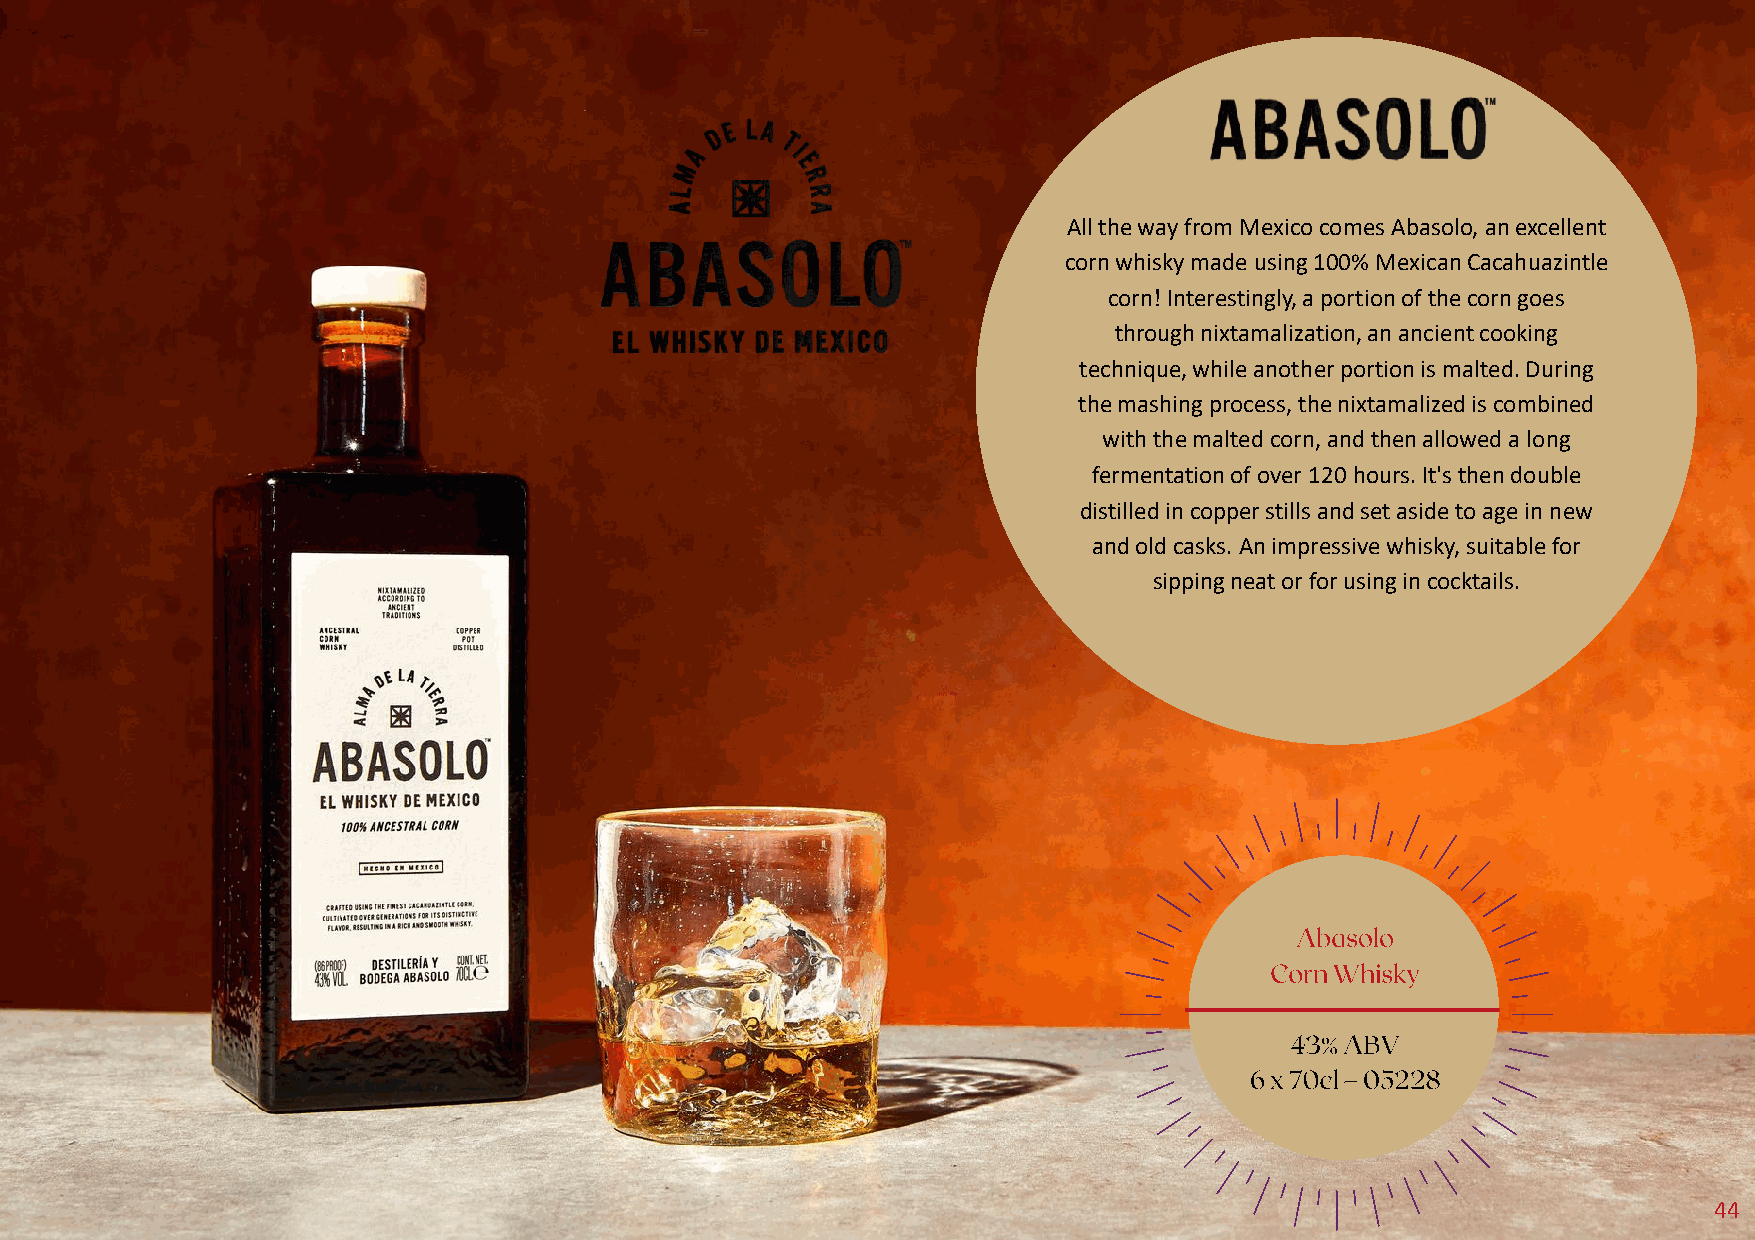
All the way from Mexico comes Abasolo, an excellent
 corn whisky made using 100% Mexican Cacahuazintle
 corn! Interestingly, a portion of the corn goes
 through nixtamalization, an ancient cooking
 technique, while another portion is malted. During
 the mashing process, the nixtamalized is combined
 with the malted corn, and then allowed a long
 fermentation of over 120 hours. It's then double
 distilled in copper stills and set aside to age in new
 and old casks. An impressive whisky, suitable for
 sipping neat or for using in cocktails.
 44